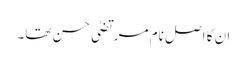
ان کا اصل نام مرتضیٰ حسن تھا۔